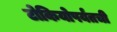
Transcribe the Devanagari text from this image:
टोकियोपर्यंतची